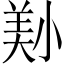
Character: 𡮔